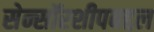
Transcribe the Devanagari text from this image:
सेन्सॉरशीपबद्दल